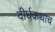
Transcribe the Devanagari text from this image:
दीर्घकथाच